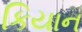
કિયાન